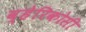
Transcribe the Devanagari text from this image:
व्हेरिकोसी